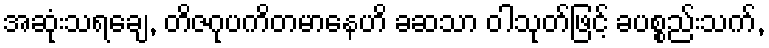
အဆုံးသရချေ, တိဇဂုပကိတမာနေဟိ ခဆသာ ဝါသုတ်ဖြင့် ခပစ္စည်းသက်,